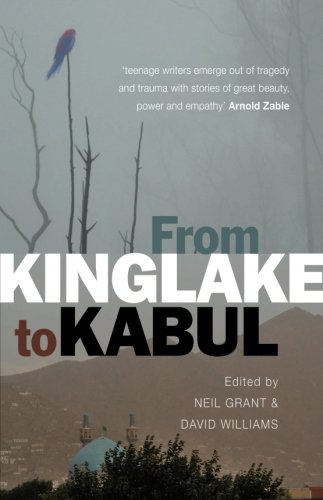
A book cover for From Kinglake to Kabul; Teen & Young Adult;